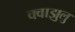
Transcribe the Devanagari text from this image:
क्वाझुलु